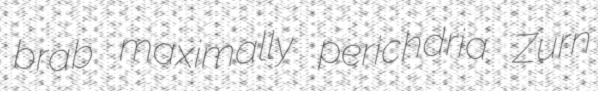
brab maximally perichdria Zurn